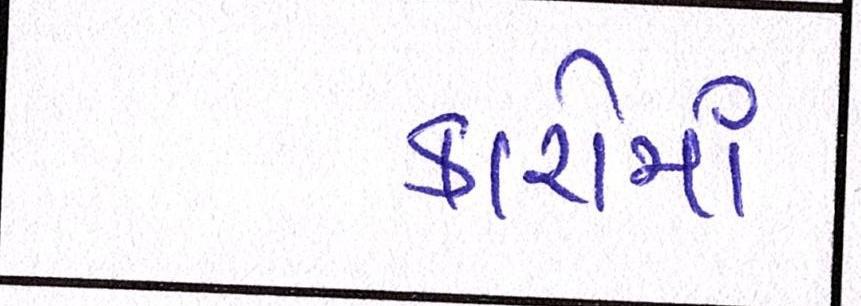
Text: કારોમાં